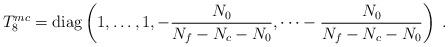
\begin{align*}T_8^{mc} = \mbox{diag} \left(1,\dots,1, -\frac{N_0}{N_f - N_c - N_0}, \dots -\frac{N_0}{N_f - N_c - N_0} \right)\;.\end{align*}